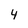
Character: 4